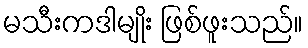
မသီးကဒါမျိုး ဖြစ်ဖူးသည်။